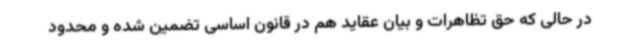
در حالی که حق تظاهرات و بیان عقاید هم در قانون اساسی تضمین شده و محدود